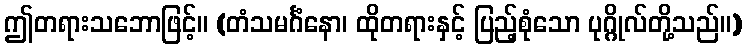
ဤတရားသဘောဖြင့်။ (တံသမင်္ဂံနော၊ ထိုတရားနှင့် ပြည့်စုံသော ပုဂ္ဂိုလ်တို့သည်။)